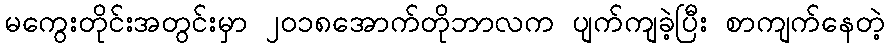
မကွေးတိုင်းအတွင်းမှာ ၂၀၁၈အောက်တိုဘာလက ပျက်ကျခဲ့ပြီး စာကျက်နေတဲ့